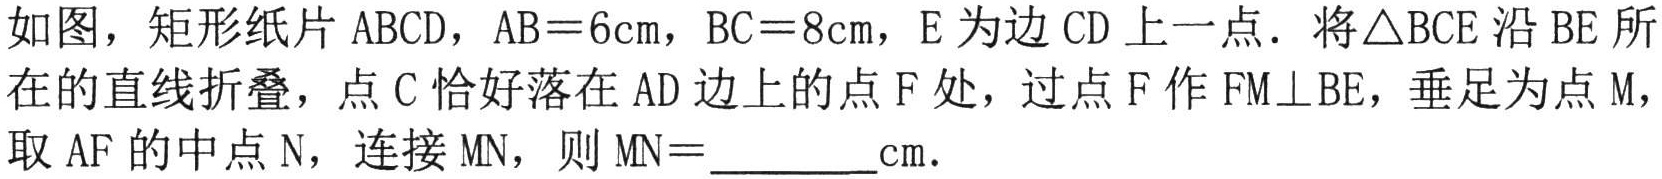
如图，矩形纸片\(ABCD\)，\(AB = 6\text{cm}\)，\(BC = 8\text{cm}\)，\(E\)为边\(CD\)上一点．将\(\triangle BCE\)沿\(BE\)所在的直线折叠，点\(C\)恰好落在\(AD\)边上的点\(F\)处，过点\(F\)作\(FM\perp BE\)，垂足为点\(M\)，取\(AF\)的中点\(N\)，连接\(MN\)，则\(MN=\underline{\quad\quad}\text{cm}\)．